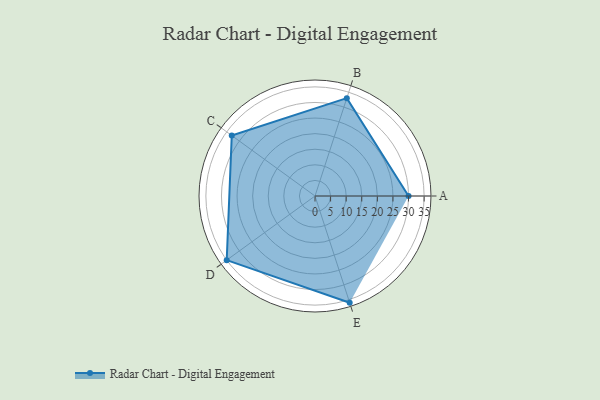
{"axis": {"x": "Skill", "y": "Score"}, "legend": ["Profile"], "data": [{"x": "A", "y": 30.0, "type": "Profile"}, {"x": "B", "y": 33.0, "type": "Profile"}, {"x": "C", "y": 33.0, "type": "Profile"}, {"x": "D", "y": 35.0, "type": "Profile"}, {"x": "E", "y": 36.0, "type": "Profile"}]}